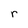
Character: r